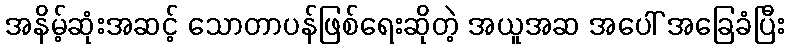
အနိမ့်ဆုံးအဆင့် သောတာပန်ဖြစ်ရေးဆိုတဲ့ အယူအဆ အပေါ် အခြေခံပြီး